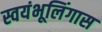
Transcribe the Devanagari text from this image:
स्वयंभूलिंगास